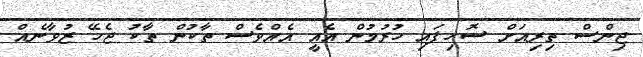
ޖިންސް ތިރިއަށް ސޮހިފައި ހުރުމުން އެއީ އެއްވެސް ތާކުން ތާކު ޖެހޭ ޒުވާނެއް